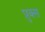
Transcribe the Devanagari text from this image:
प्रुक्स